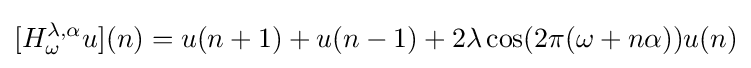
[H_{\omega }^{\lambda ,\alpha }u](n)=u(n+1)+u(n-1)+2\lambda \cos(2\pi (\omega +n\alpha ))u(n)